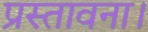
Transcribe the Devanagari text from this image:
प्रस्तावना।